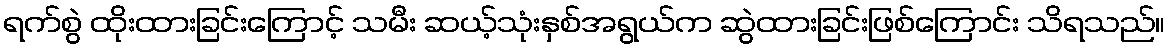
ရက်စွဲ ထိုးထားခြင်းကြောင့် သမီး ဆယ့်သုံးနှစ်အရွယ်က ဆွဲထားခြင်းဖြစ်ကြောင်း သိရသည်။